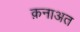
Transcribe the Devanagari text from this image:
क़नाअत